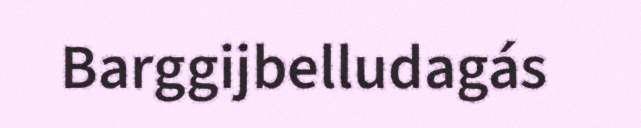
Barggijbelludagás